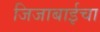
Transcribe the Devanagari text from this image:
जिजाबाईचा